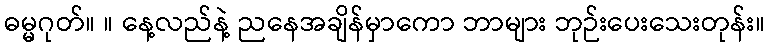
ဓမ္မဂုတ်။ ။ နေ့လည်နဲ့ ညနေအချိန်မှာကော ဘာများ ဘုဉ်းပေးသေးတုန်း။